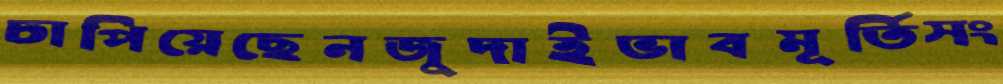
চাপিয়েছেনজুদাইভাবমূর্তিসং